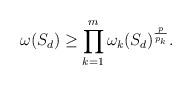
LaTeX: \begin{align*}\omega(S_d)\geq \prod_{k=1}^m\omega_k(S_d)^{\frac p{p_k}}.\end{align*}